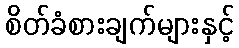
စိတ်ခံစားချက်များနှင့်